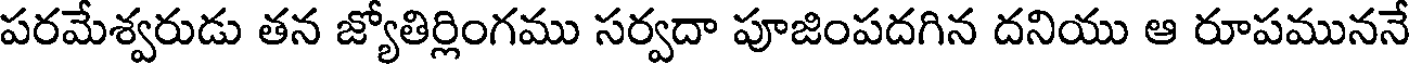
పరమేశ్వరుడు తన జ్యోతిర్లింగము సర్వదా పూజింపదగిన దనియు ఆ రూపముననే